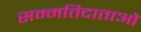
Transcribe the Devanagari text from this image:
सम्मतिदाताओं